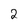
Character: 2